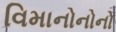
વિમાનોનોનો